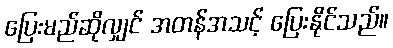
ပြေးမည်ဆိုလျှင် အတန်အသင့် ပြေးနိုင်သည်။